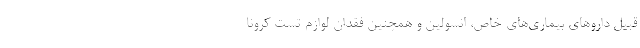
قبیل داروهای بیماری‌های خاص، انسولین و همچنین فقدان لوازم تست کرونا